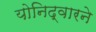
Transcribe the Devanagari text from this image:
योनिद्वारने